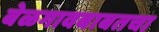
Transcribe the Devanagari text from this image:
बेळगावबाबतचा